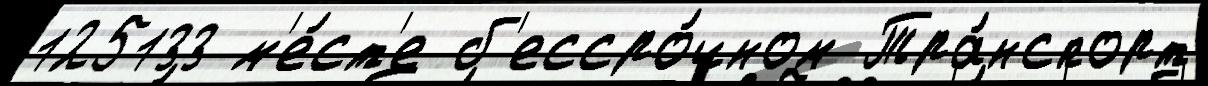
125133 м'е́ст'е б'ессро́чном Тра́нспорт